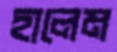
হালেম